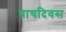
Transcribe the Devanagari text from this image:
पाचदिवस